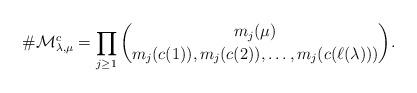
LaTeX: \begin{align*}\#\mathcal{M}^c_{\lambda,\mu}=\prod_{j\geq 1}\binom{m_{j}(\mu)}{m_{j}(c(1)),m_{j}(c(2)),\ldots,m_{j}(c(\ell(\lambda)))}.\end{align*}